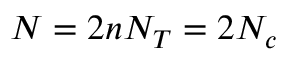
N = 2 n N _ { T } = 2 N _ { c }